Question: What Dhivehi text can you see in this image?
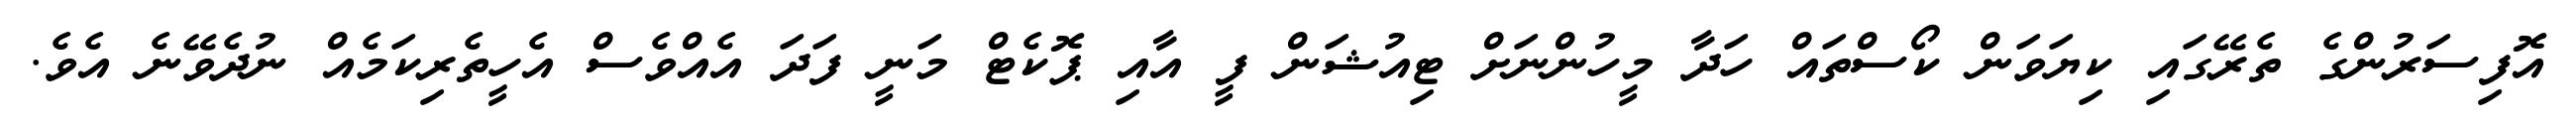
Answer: އޮފިސަރުންގެ ތެރޭގައި ކިޔަވަން ކޯސްތައް ހަދާ މީހުންނަށް ޓިއުޝަން ފީ އާއި ޕޮކެޓް މަނީ ފަދަ އެއްވެސް އެހީތެރިކަމެއް ނުދެވޭނެ އެވެ.